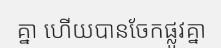
គ្នា ហើយបានចែកផ្លូវគ្នា